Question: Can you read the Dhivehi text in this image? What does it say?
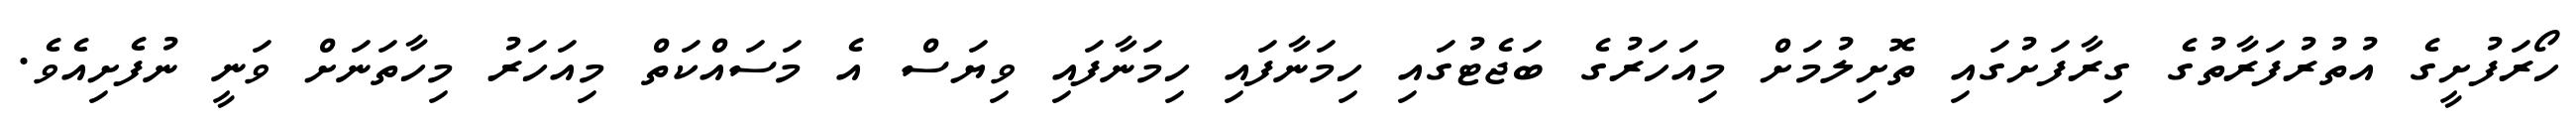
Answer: ހޯރަފުށީގެ އުތުރުފަރާތުގެ ގިރާފަށުގައި ތޮށިލުމަށް މިއަހަރުގެ ބަޖެޓުގައި ހިމަނާފައި ހިމަނާފައި ވިޔަސް އެ މަސައްކަތް މިއަހަރު މިހާތަނަށް ވަނީ ނުފެށިއެވެ.